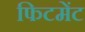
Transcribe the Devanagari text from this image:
फिटमेंट